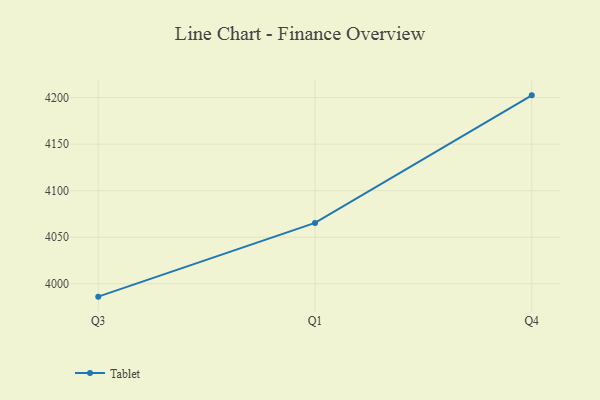
{"axis": {"x": "Quarter", "y": "Latency (ms)"}, "legend": ["Tablet"], "data": [{"x": "Q3", "y": 3986.2, "type": "Tablet"}, {"x": "Q1", "y": 4065.4, "type": "Tablet"}, {"x": "Q4", "y": 4202.4, "type": "Tablet"}]}